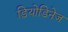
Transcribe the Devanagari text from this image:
ड़ियोडिनेज